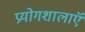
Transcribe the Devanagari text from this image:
प्रयोगशालाऍं